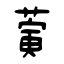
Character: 蔩